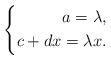
LaTeX: \begin{align*}\left\{\begin{aligned}a=\lambda,\\c+dx=\lambda x.\end{aligned}\right.\end{align*}